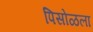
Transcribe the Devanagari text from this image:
पिसोळला